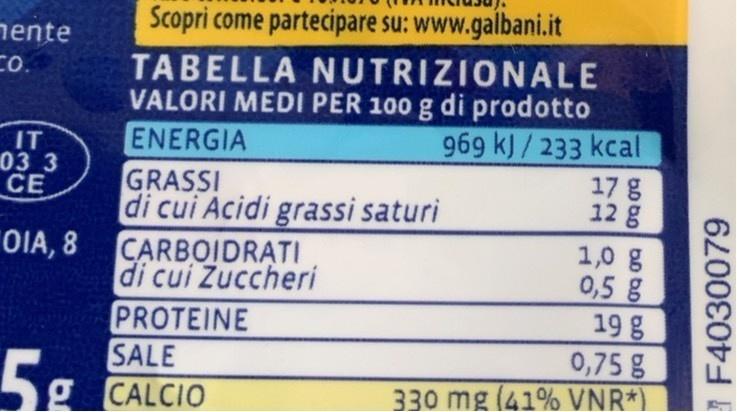
Scopri come partecipare su: www.galbani.it
nente Co.
TABELLA NUTRIZIONALE VALORI MEDI PER 100 g di prodotto ENERGIA GRASSI di cui Acidi grassi saturi CARBOIDRATI di cui Zuccheri PROTEINE SALE gCALCIO
969 kJ/233 kcal
IT 03 3 CE
17 g 12 g
1,0 g 0,5 g 19 g 0,75 g
OIA, 8
330 mg (41% VNR*)
1 F4030079